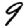
Digit: 9